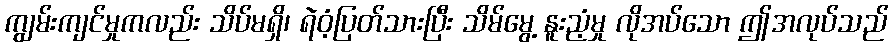
ကျွမ်းကျင်မှုကလည်း သိပ်မရှိ၊ ရဲဝံ့ပြတ်သားပြီး သိမ်မွေ့ နူးညံ့မှု လိုအပ်သော ဤအလုပ်သည်